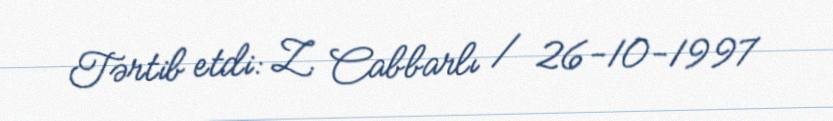
Tərtib etdi: Z. Cabbarlı / 26-10-1997